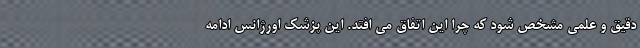
دقیق و علمی مشخص شود که چرا این اتفاق می افتد. این پزشک اورژانس ادامه